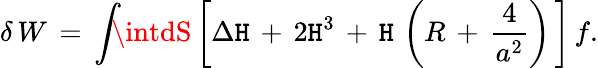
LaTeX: \delta\, W\, =\, \int\! \! \! \intdS\left[\Delta\mathtt{H}\, +\, 2\mathtt{H}^{3}\, +\, \mathtt{H}\, \left(R\, +\, \frac{{4}}{{a^{2}}}\right)\, \right]\, f.